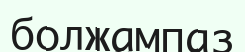
болжампаз